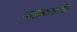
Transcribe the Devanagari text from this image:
पाड्यापर्यंत